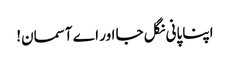
اپنا پانی نگل جا اور اے آسمان!